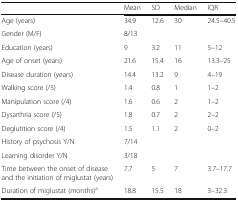
|  | Mean | SD | Median | IQR |
 | --- | --- | --- | --- | --- |
 | Age (years) | 34.9 | 12.6 | 30 | 24.5–40.5 |
 | Gender (M/F) | 8/13 |  |  |  |
 | Education (years) | 9 | 3.2 | 11 | 5–12 |
 | Age of onset (years) | 21.6 | 15.4 | 16 | 13.3–25 |
 | Disease duration (years) | 14.4 | 13.2 | 9 | 4–19 |
 | Walking score (/5) | 1.4 | 0.8 | 1 | 1–2 |
 | Manipulation score (/4) | 1.6 | 0.6 | 2 | 1–2 |
 | Dysarthria score (/5) | 1.8 | 0.7 | 2 | 2–2 |
 | Deglutition score (/4) | 1.5 | 1.1 | 2 | 0–2 |
 | History of psychosis Y/N | 7/14 |  |  |  |
 | Learning disorder Y/N | 3/18 |  |  |  |
 | Time between the onset of disease and the initiation of miglustat (years) | 7.7 | 5 | 7 | 3.7–17.7 |
 | Duration of miglustat (months)a | 18.8 | 15.5 | 18 | 3–32.3 |